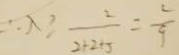
\therefore \lambda \geq \frac { 2 } { 2 + 2 + 5 } = \frac { 2 } { 9 }